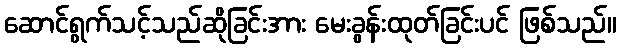
ဆောင်ရွက်သင့်သည်ဆိုခြင်းအား မေးခွန်းထုတ်ခြင်းပင် ဖြစ်သည်။